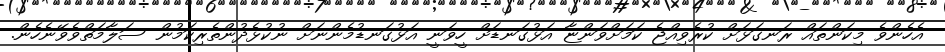
އެހެންވެ މިކަންތައް ރަނގަޅަށް ކުރެވިއްޖެ ކަމަށްވަންޏާ އަޅުގަނޑަށް ހީވަނީ އަޅުގަނޑުމެންނަށް ނުކުޅެދުންތެރިކަމުން ސަލާމަތްވެވޭނެހެން.